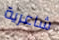
شاعرية